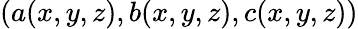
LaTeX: (a(x,y,z),b(x,y,z),c(x,y,z))